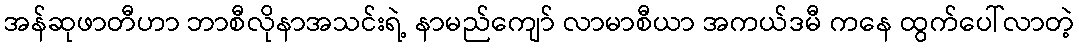
အန်ဆုဖာတီဟာ ဘာစီလိုနာအသင်းရဲ့ နာမည်ကျော် လာမာစီယာ အကယ်ဒမီ ကနေ ထွက်ပေါ်လာတဲ့